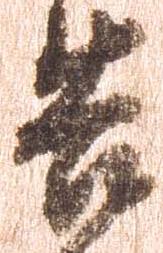
告